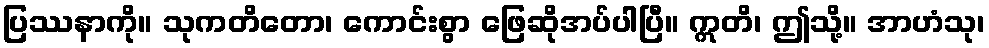
ပြဿနာကို။ သုကတိတော၊ ကောင်းစွာ ဖြေဆိုအပ်ပါပြီ။ ဣတိ၊ ဤသို့။ အာဟံသု၊